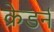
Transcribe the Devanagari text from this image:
क्रेडर्न